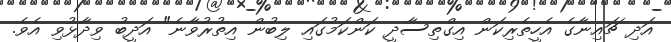
އަދި ޗައިނާގެ އެހީތެރިކަން އިގްތިސާދީ ކަންކަމުގައި ލިބުން އިތުރުވާނެ" އަދީބު ވިދާޅުވި އެވެ.